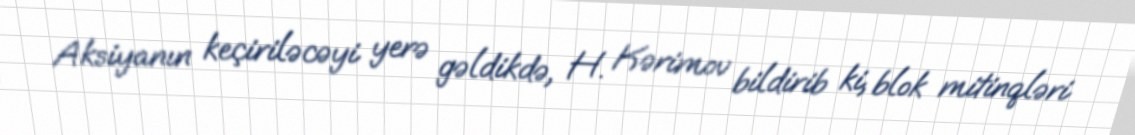
Aksiyanın keçiriləcəyi yerə gəldikdə, H. Kərimov bildirib ki, blok mitinqləri